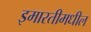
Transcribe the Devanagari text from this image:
इमारतीमधील